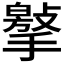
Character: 𢵿